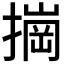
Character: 𰔠